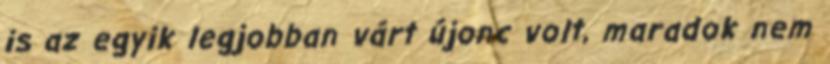
is az egyik legjobban várt újonc volt, maradok nem